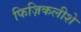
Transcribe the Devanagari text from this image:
फिज़िकलीशे